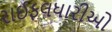
રાઈફલધારીઓ